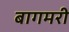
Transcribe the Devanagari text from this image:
बागमरी